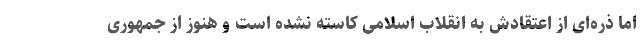
اما ذره‌ای از اعتقادش به انقلاب اسلامی کاسته نشده است و هنوز از جمهوری